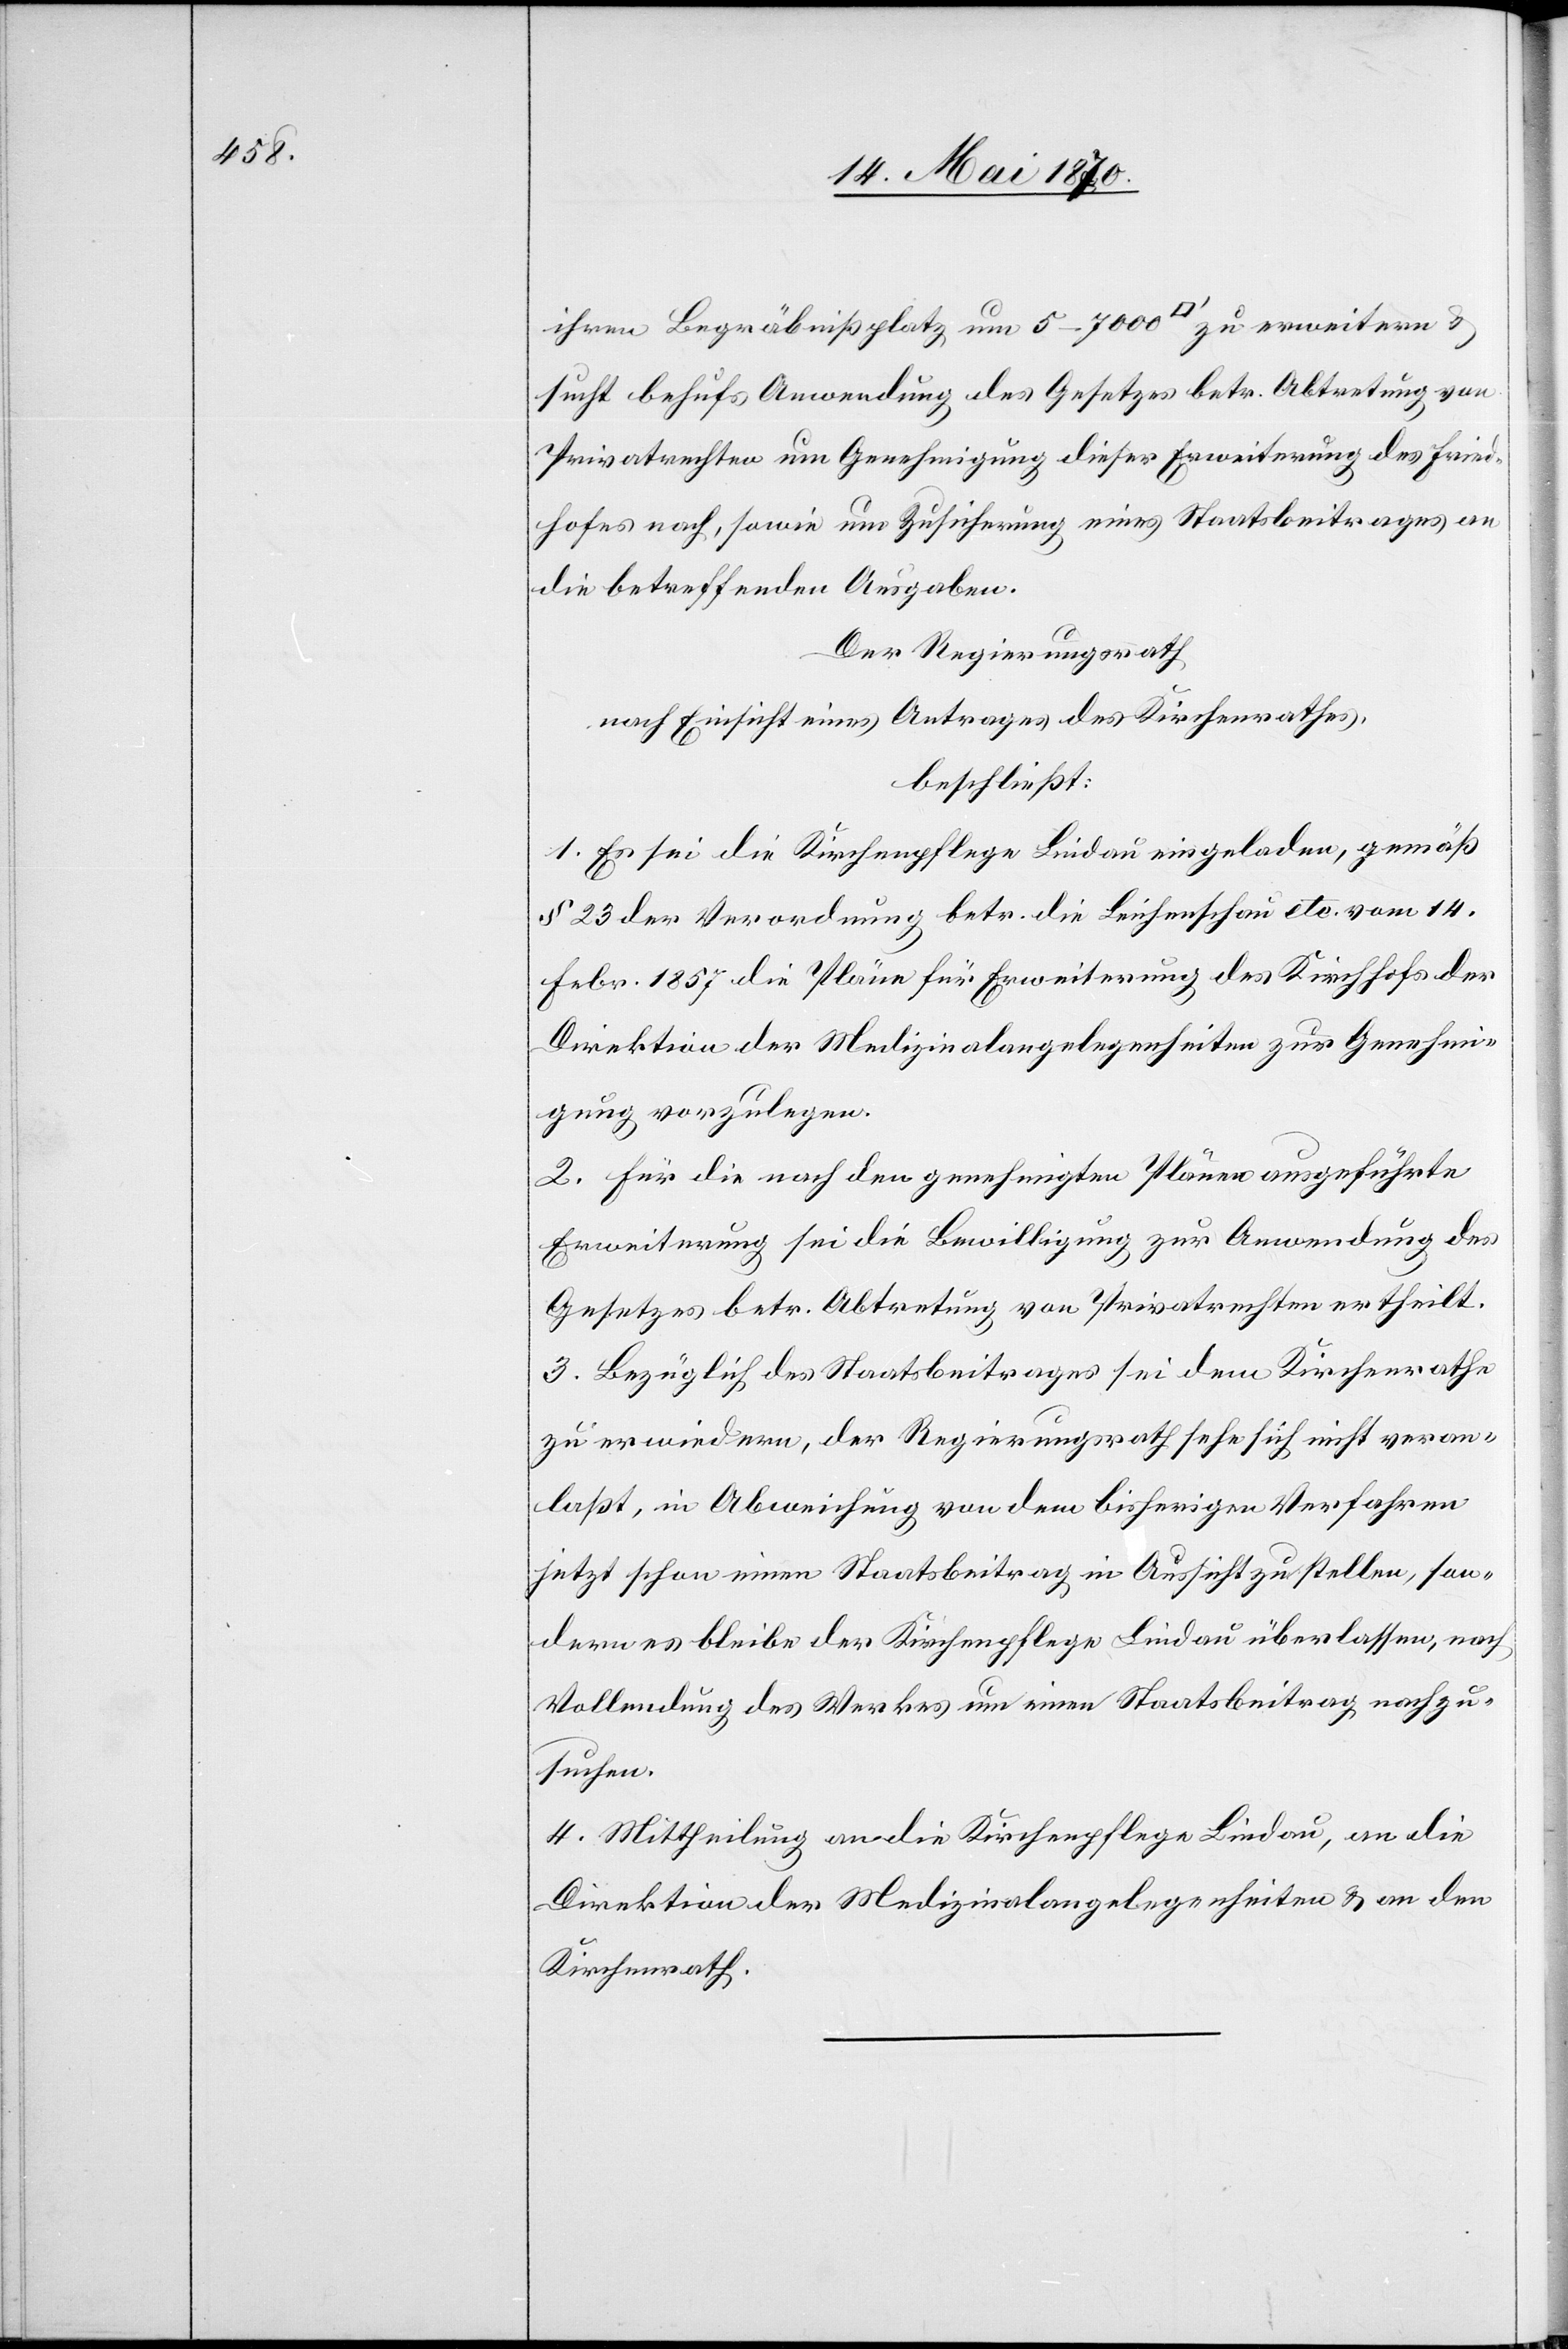
ihren Begräbnißplatz um 5–7000 [Quadratfuss] zu erweitern &
sucht behufs Anwendung des Gesetzes betr. Abtretung von
Privatrechten um Genehmigung dieser Erweiterung des Fried¬
hofes nach, sowie um Zusicherung eines Staatsbeitrages an
die betreffenden Ausgaben.
Der Regierungsrath
nach Einsicht eines Antrages des Kirchenrathes,
beschließt:
1. Es sei die Kirchenpflege Lindau eingeladen, gemäß
§ 23 der Verordnung betr. die Leichenschau etc. vom 14.
Febr. 1857 die Pläne für Erweiterung des Kirchhofs der
Direktion der Medizinalangelegenheiten zur Genehmi¬
gung vorzulegen.
2. Für die nach den genehmigten Plänen ausgeführte
Erweiterung sei die Bewilligung zur Anwendung des
Gesetzes betr. Abtretung von Privatrechten ertheilt.
3. Bezüglich des Staatsbeitrages sei dem Kirchenrathe
zu erwiedern, der Regierungsrath sehe sich nicht veran¬
laßt, in Abweichung von dem bisherigen Verfahren
jetzt schon einen Staatsbeitrag in Aussicht zu stellen, son¬
dern es bleibe der Kirchenpflege Lindau überlassen, nach
Vollendung des Werkes um einen Staatsbeitrag nachzu¬
suchen.
4. Mittheilung an die Kirchenpflege Lindau, an die
Direktion der Medizinalangelegenheiten & an den
Kirchenrath.